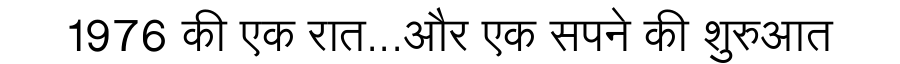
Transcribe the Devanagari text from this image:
1976 की एक रात...और एक सपने की शुरुआत